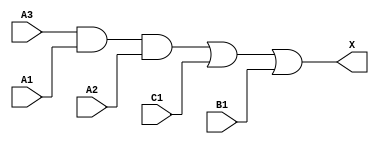
/*
 * Copyright 2020 The SkyWater PDK Authors
 *
 * Licensed under the Apache License, Version 2.0 (the "License");
 * you may not use this file except in compliance with the License.
 * You may obtain a copy of the License at
 *
 *     https://www.apache.org/licenses/LICENSE-2.0
 *
 * Unless required by applicable law or agreed to in writing, software
 * distributed under the License is distributed on an "AS IS" BASIS,
 * WITHOUT WARRANTIES OR CONDITIONS OF ANY KIND, either express or implied.
 * See the License for the specific language governing permissions and
 * limitations under the License.
 *
 * SPDX-License-Identifier: Apache-2.0
*/


`ifndef SKY130_FD_SC_MS__A311O_BEHAVIORAL_V
`define SKY130_FD_SC_MS__A311O_BEHAVIORAL_V

/**
 * a311o: 3-input AND into first input of 3-input OR.
 *
 *        X = ((A1 & A2 & A3) | B1 | C1)
 *
 * Verilog simulation functional model.
 */

`timescale 1ns / 1ps
`default_nettype none

`celldefine
module sky130_fd_sc_ms__a311o (
    X ,
    A1,
    A2,
    A3,
    B1,
    C1
);

    // Module ports
    output X ;
    input  A1;
    input  A2;
    input  A3;
    input  B1;
    input  C1;

    // Module supplies
    supply1 VPWR;
    supply0 VGND;
    supply1 VPB ;
    supply0 VNB ;

    // Local signals
    wire and0_out ;
    wire or0_out_X;

    //  Name  Output     Other arguments
    and and0 (and0_out , A3, A1, A2      );
    or  or0  (or0_out_X, and0_out, C1, B1);
    buf buf0 (X        , or0_out_X       );

endmodule
`endcelldefine

`default_nettype wire
`endif  // SKY130_FD_SC_MS__A311O_BEHAVIORAL_V